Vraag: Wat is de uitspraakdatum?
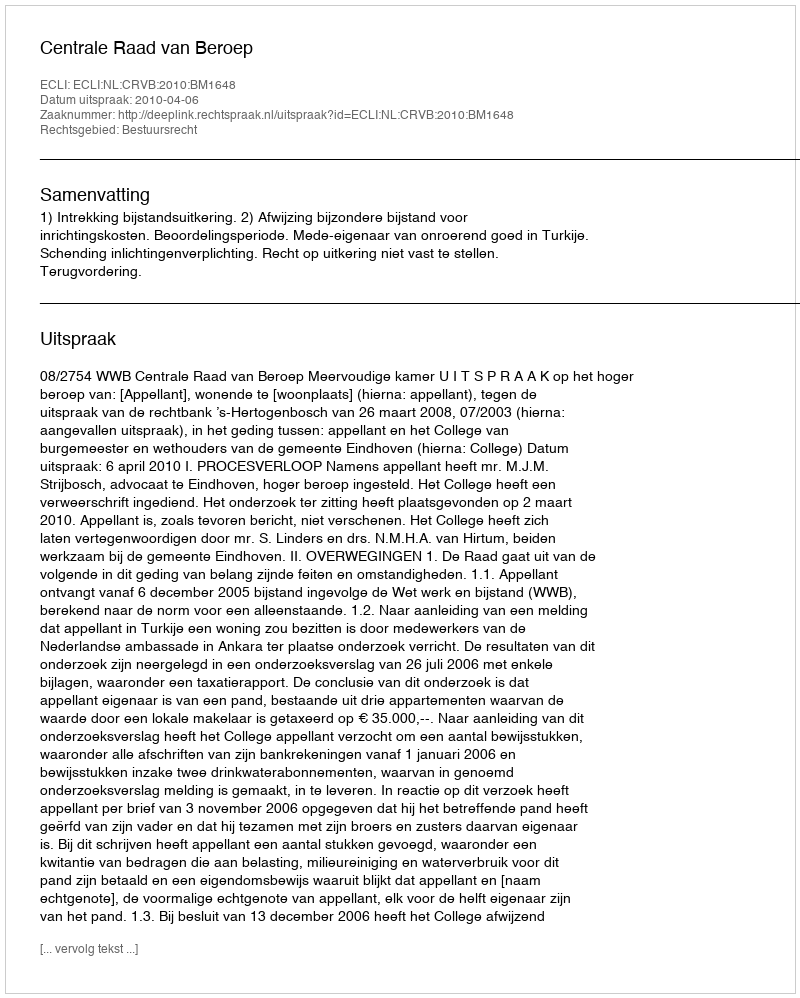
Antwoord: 2010-04-06